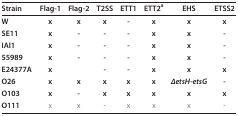
<table><thead><tr><td><b>Strain</b></td><td><b>Flag-1</b></td><td><b>Flag-2</b></td><td><b>T2SS</b></td><td><b>ETT1</b></td><td><b>ETT2<sup>a</sup></b></td><td><b>EHS</b></td><td><b>ETSS2</b></td></tr></thead><tbody><tr><td><b>W</b></td><td><b>x</b></td><td><b>x</b></td><td><b>x</b></td><td><b>-</b></td><td><b>x</b></td><td><b>x</b></td><td><b>x</b></td></tr><tr><td><b>SE11</b></td><td><b>x</b></td><td><b>-</b></td><td><b>-</b></td><td><b>-</b></td><td><b>x</b></td><td><b>x</b></td><td><b>-</b></td></tr><tr><td><b>IAI1</b></td><td><b>x</b></td><td><b>-</b></td><td><b>-</b></td><td><b>-</b></td><td><b>x</b></td><td><b>x</b></td><td><b>-</b></td></tr><tr><td><b>55989</b></td><td><b>x</b></td><td><b>-</b></td><td><b>-</b></td><td><b>-</b></td><td><b>x</b></td><td><b>x</b></td><td><b>-</b></td></tr><tr><td><b>E24377A</b></td><td><b>x</b></td><td></td><td><b>-</b></td><td><b>-</b></td><td><b>x</b></td><td><b>x</b></td><td><b>x</b></td></tr><tr><td><b>O26</b></td><td><b>x</b></td><td><b>x</b></td><td><b>x</b></td><td><b>x</b></td><td><b>x</b></td><td><b><i>ΔetsH-etsG</i></b></td><td><b>-</b></td></tr><tr><td><b>O103</b></td><td><b>x</b></td><td><b>-</b></td><td><b>x</b></td><td><b>x</b></td><td><b>x</b></td><td><b>x</b></td><td><b>x</b></td></tr><tr><td><b>O111</b></td><td>x</td><td>x</td><td>-</td><td>x</td><td>x</td><td>x</td><td>-</td></tr></tbody></table>